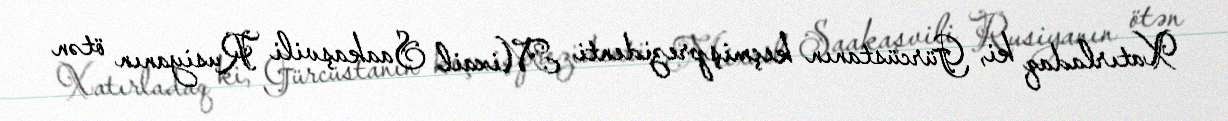
Xatırladaq ki, Gürcüstanın keçmişprezidenti Mixail Saakaşvili Rusiyanın ötən